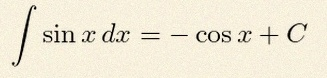
\int \sin x\,dx=-\cos x+C